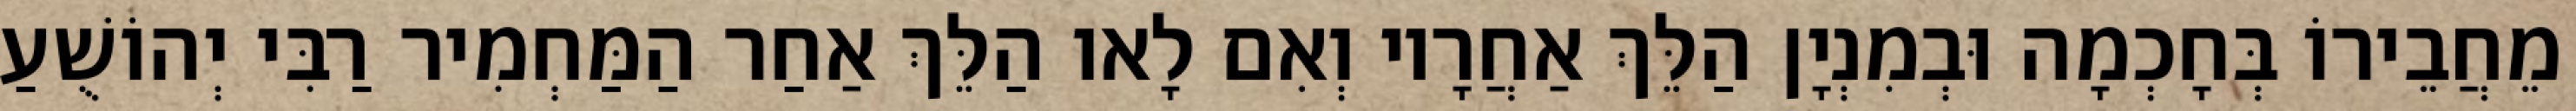
מֵחֲבֵירוֹ בְּחָכְמָה וּבְמִנְיָן הַלֵּךְ אַחֲרָיו וְאִם לָאו הַלֵּךְ אַחַר הַמַּחְמִיר רַבִּי יְהוֹשֻׁעַ